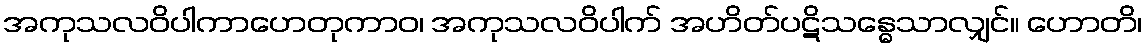
အကုသလဝိပါကာဟေတုကာဝ၊ အကုသလဝိပါက် အဟိတ်ပဋိသန္ဓေသာလျှင်။ ဟောတိ၊